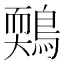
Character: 𪃉